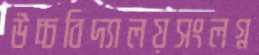
উচ্চবিদ্যালয়সংলগ্ন